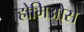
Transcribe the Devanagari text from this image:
होमिओस